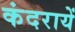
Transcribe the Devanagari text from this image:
कंदरायें